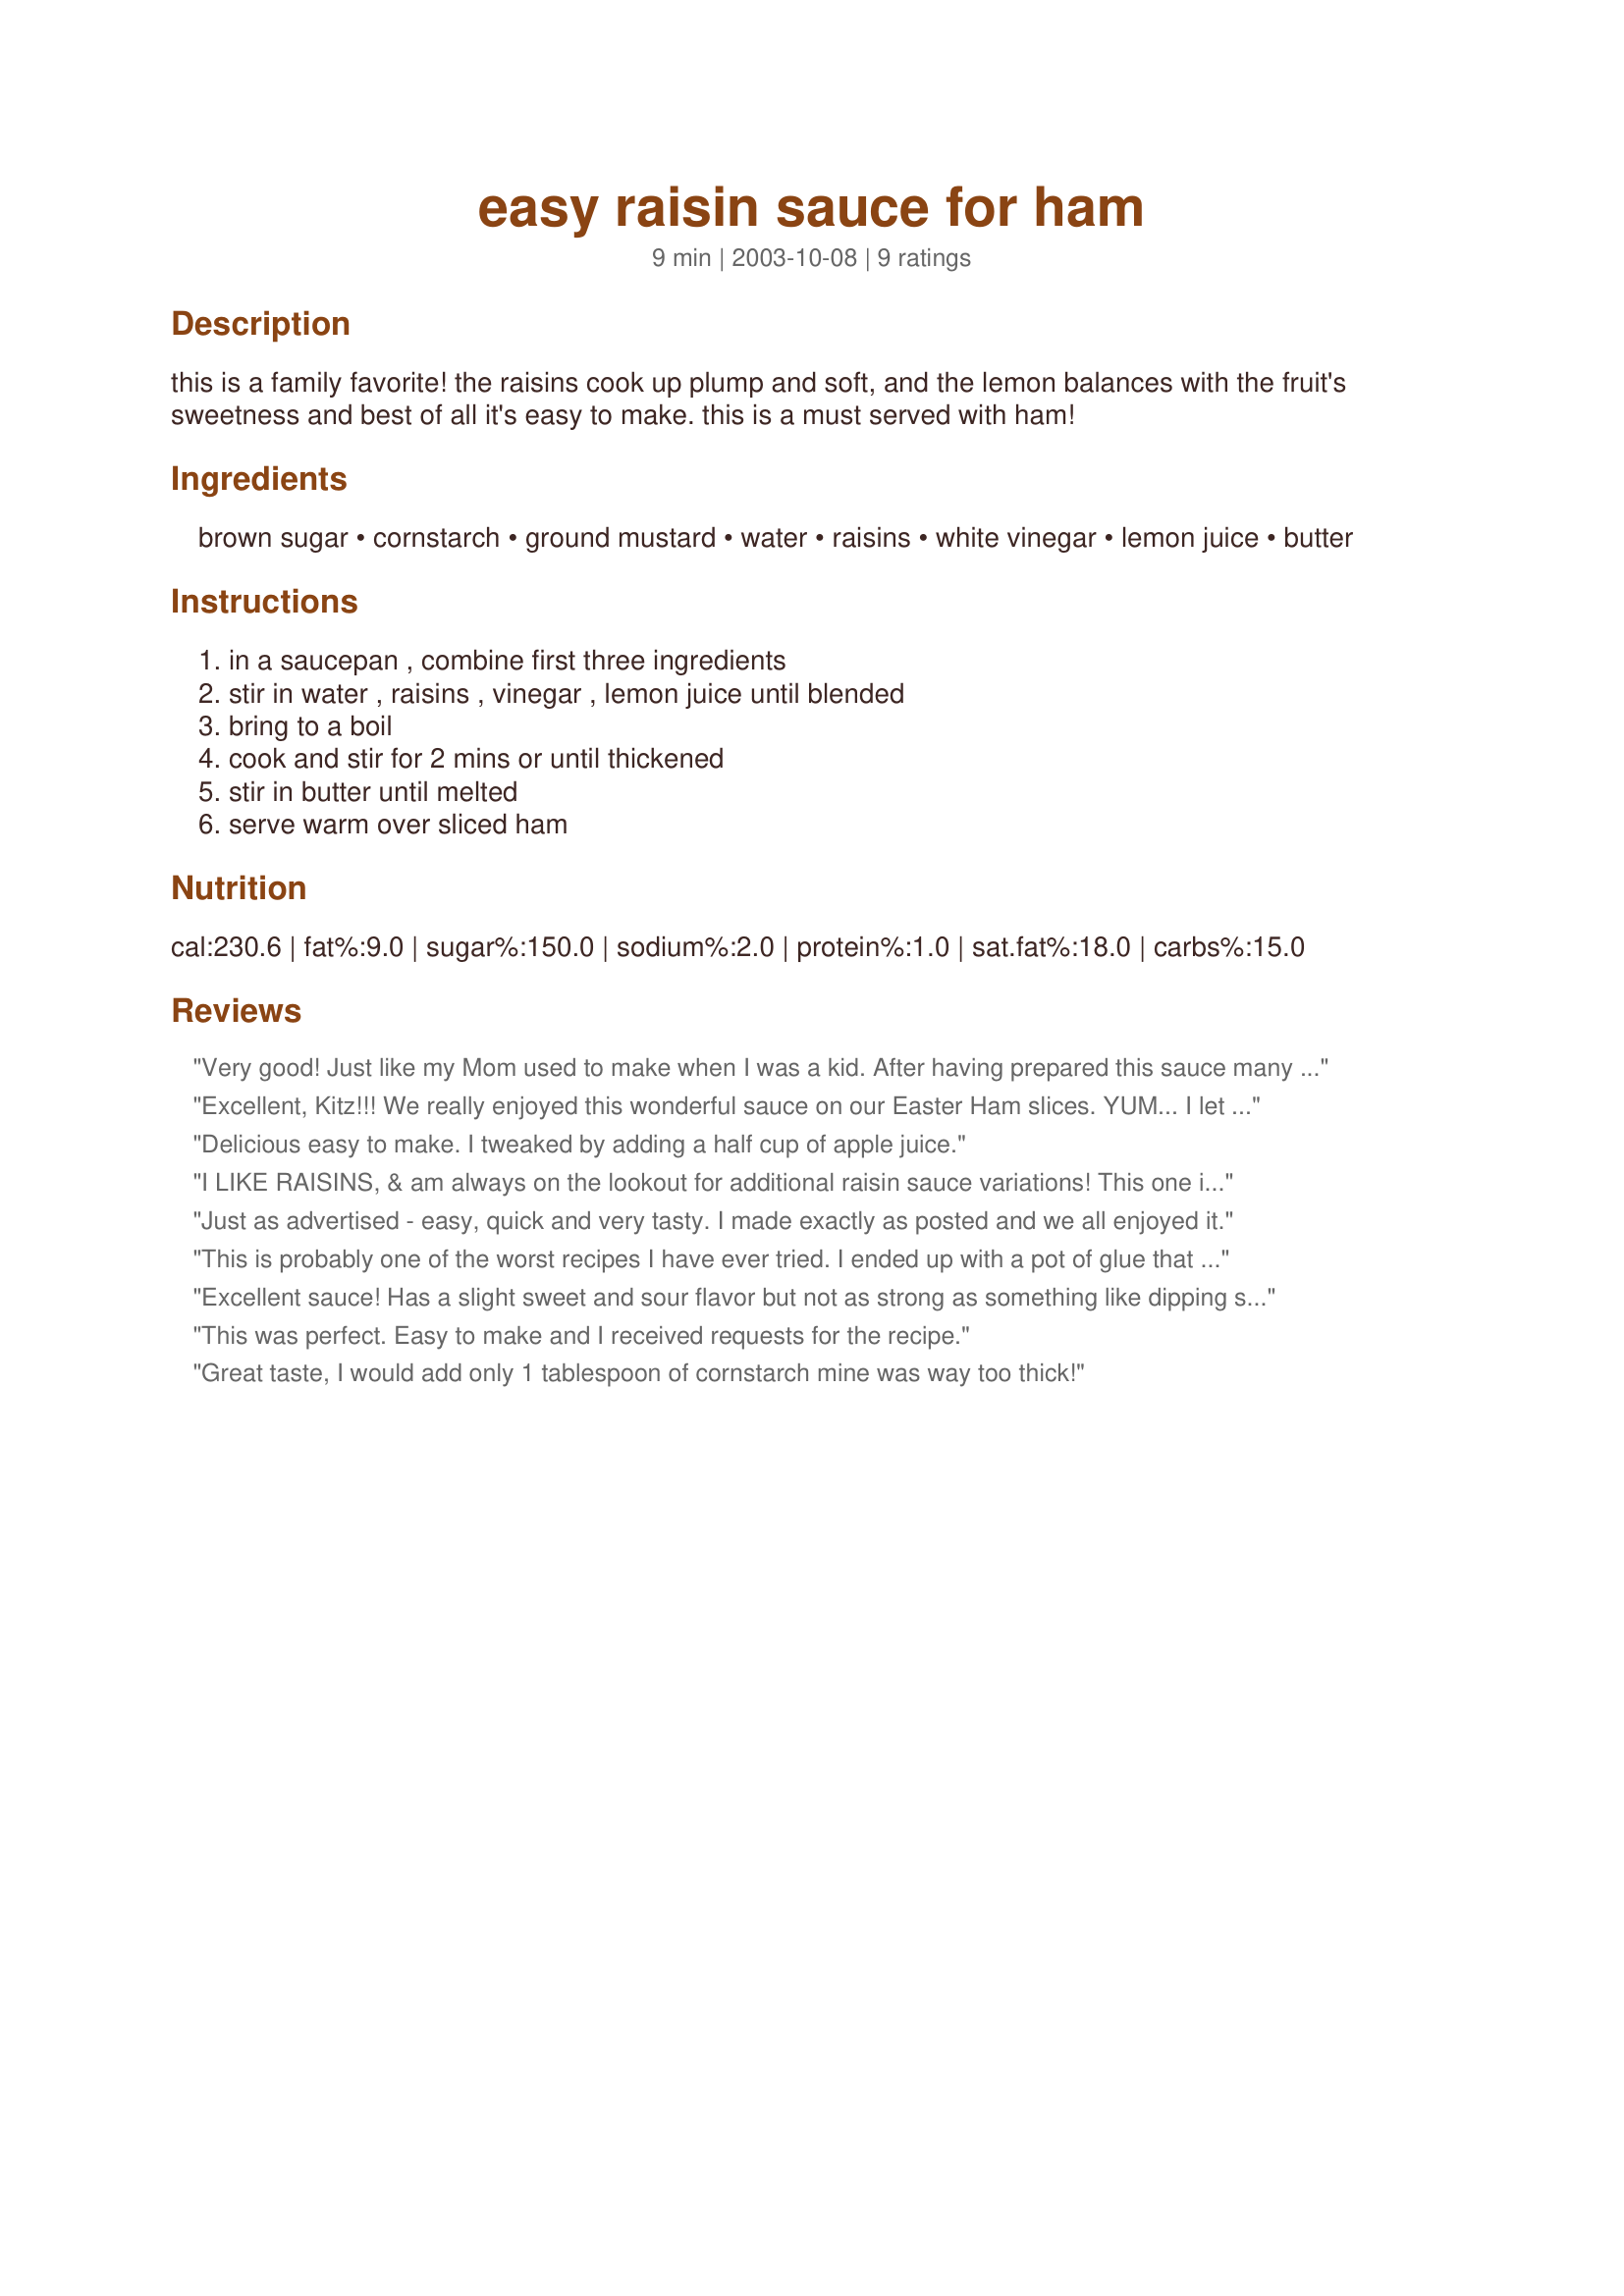
easy raisin sauce for ham
Preparation time: 9 minutes

this is a family favorite! the raisins cook up plump and soft, and the lemon balances with the fruit's sweetness and best of all it's easy to make. this is a must served with ham!

Ingredients:
brown sugar, cornstarch, ground mustard, water, raisins, white vinegar, lemon juice, butter

Steps:
in a saucepan , combine first three ingredients, stir in water , raisins , vinegar , lemon juice until blended, bring to a boil, cook and stir for 2 mins or until thickened, stir in butter until melted, serve warm over sliced ham

Reviews:
Very good! Just like my Mom used to make when I was a kid. After having prepared this sauce many times, I've found that adding a little more brown sugar suits my taste. I'd give this recipe more than 5 stars if I could! Thank you for posting!
Excellent, Kitz!!! We really enjoyed this wonderful sauce on our Easter Ham slices. YUM... I let it cook a little longer to "plump" my dried out raisins and added a little more brown sugar.
Delicious easy to make. I tweaked by adding a half cup of apple juice.
I LIKE RAISINS, & am always on the lookout for additional raisin sauce variations! This one is GREAT, & I found that it goes well, not only with ham, but also with chicken [believe it or not!] as well as with my own Recipe #204267! Another time, I might EXclude the mustard & vinegar & sweeten it just a little more to find out how it'll go on ice cream & pound cake!! Thanks much for this great recipe!
Just as advertised - easy, quick and very tasty. I made exactly as posted and we all enjoyed it.
This is probably one of the worst recipes I have ever tried. I ended up with a pot of glue that had raisins in it. I wouldn&#039;t even serve it at Easter dinner yesterday and threw it out. I really depend on reviews and I don&#039;t think the other reviewers have ever tried a raisin sauce that was edible. This was just terrible.
Excellent sauce! Has a slight sweet and sour flavor but not as strong as something like dipping sauce for eggrolls. Went very nicely with ham! Thanks for posting!
This was perfect. Easy to make and I received requests for the recipe.
Great taste, I would add only 1 tablespoon of cornstarch mine was way too thick!
